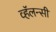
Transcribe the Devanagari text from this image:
व्हॅलन्सी